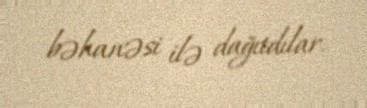
bəhanəsi ilə dağıtdılar.